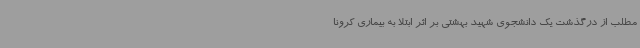
مطلب از درگذشت یک دانشجوی شهید بهشتی بر اثر ابتلا به بیماری کرونا